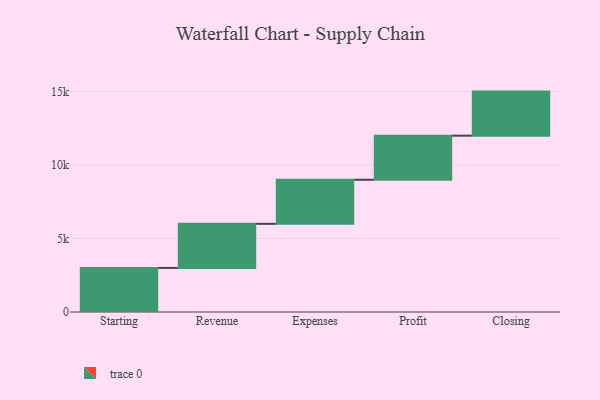
{"axis": {"x": "Step", "y": "Value"}, "legend": [""], "data": [{"x": "Starting", "y": 3000, "type": ""}, {"x": "Revenue", "y": 3000, "type": ""}, {"x": "Expenses", "y": 3000, "type": ""}, {"x": "Profit", "y": 3000, "type": ""}, {"x": "Closing", "y": 3000, "type": ""}]}